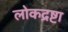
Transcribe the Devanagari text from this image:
लोकद्रष्टा